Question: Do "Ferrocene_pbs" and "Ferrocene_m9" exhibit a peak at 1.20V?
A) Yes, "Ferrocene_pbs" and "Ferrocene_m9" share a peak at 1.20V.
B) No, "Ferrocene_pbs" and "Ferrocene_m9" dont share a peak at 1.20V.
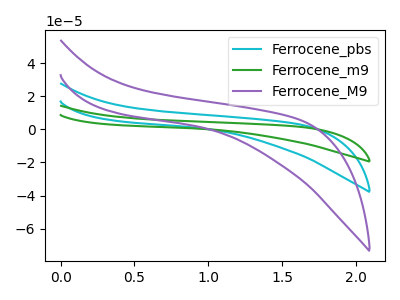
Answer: <think>The cyan curve "Ferrocene_pbs" has no peaks. The green curve "Ferrocene_m9" has no peaks. The purple curve "Ferrocene_M9" has no peaks.</think>
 <answer>B) No, "Ferrocene_pbs" and "Ferrocene_m9" dont share a peak at 1.20V.</answer>
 <eval>B</eval>